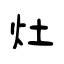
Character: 灶